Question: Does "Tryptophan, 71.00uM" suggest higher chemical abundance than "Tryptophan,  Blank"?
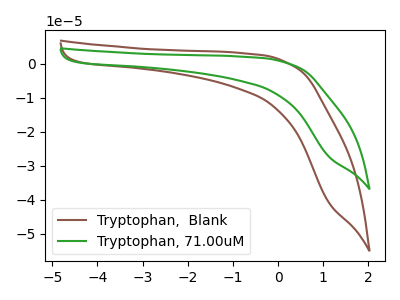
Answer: <think>The brown curve "Tryptophan,  Blank" has no peaks. The green curve "Tryptophan, 71.00uM" has no peaks.
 Neither "Tryptophan, 71.00uM" or "Tryptophan,  Blank" have any peaks.</think>
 <answer>I cant tell if "Tryptophan, 71.00uM" or "Tryptophan,  Blank" has more signal.</answer>
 <eval>mixed_signal</eval>